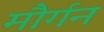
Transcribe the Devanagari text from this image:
मौर्गन